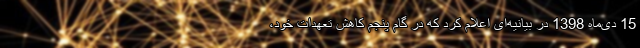
15 دی‌ماه 1398 در بیانیه‌ای اعلام کرد که در گام پنجم کاهش تعهدات خود،